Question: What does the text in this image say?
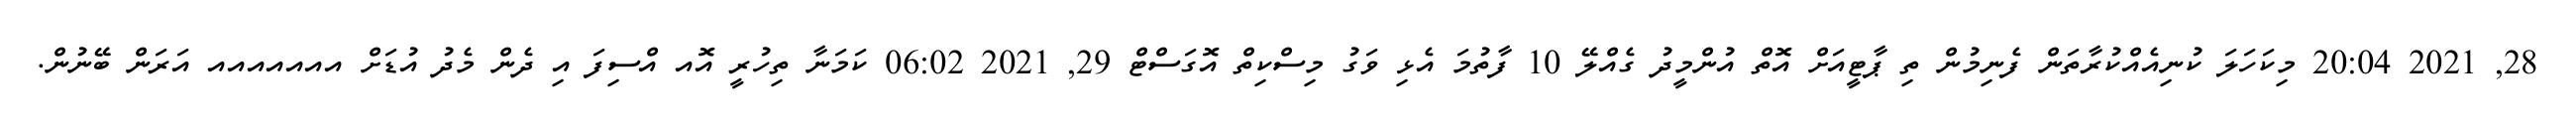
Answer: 28, 2021 20:04 މިކަހަލަ ކުނިއެއްކުރާތަން ފެނިމުން ތި ޕާޓީއަށް އޮތް އުންމީދު ގެއްލޭ 10 ފާތުމަ އެޅި ވަގު މިސްކިތް އޮގަސްޓް 29, 2021 06:02 ކަމަނާ ތިހުރީ އޮއ އްސިފަ އި ދެން މެދު އުޑަށް އއއއއއއ އަރަން ބޭނުން.